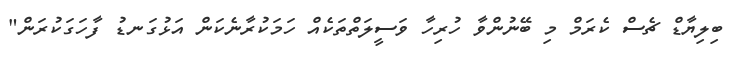
ބިލިޔާޑް ޗެސް ކެރަމް މި ބޭނުންވާ ހުރިހާ ވަސީލަތްތަކެއް ހަމަކުރާނެކަން އަޅުގަނޑު ފާހަގަކުރަން"